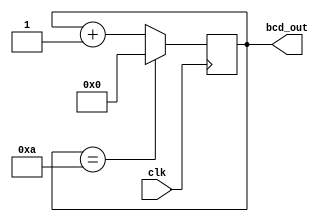
module BCD_Counter (
    input wire clk,
    output reg [3:0] bcd_out
);

reg [3:0] bcd_reg;

always @(posedge clk) begin
    bcd_reg <= bcd_reg + 1;
    if (bcd_reg == 10) begin
        bcd_reg <= 4'b0000;
    end
end

assign bcd_out = bcd_reg;

endmodule